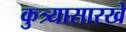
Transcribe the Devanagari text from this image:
कुत्र्यासारखे